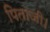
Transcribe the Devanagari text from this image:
पिताजी।